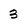
Character: 3